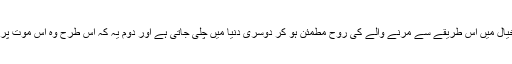
اس رسم کی انجام دہی کے لیے دو توجیحات پیش کی جاتی ہیں، پہلی یہ کہ ان کے خیال میں اس طریقے سے مرنے والے کی روح مطمئن ہو کر دوسری دنیا میں چلی جاتی ہے اور دوم یہ کہ اس طرح وہ اس موت پر اپنے دلی دکھ کا اظہار اپنی جسمانی تکلیف کے اظہار کے طور پر بھی کرتے ہیں۔